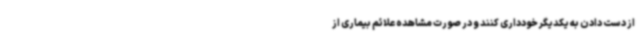
از دست دادن به یکدیگر خودداری کنند و در صورت مشاهده علائم بیماری از